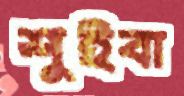
শুইবা